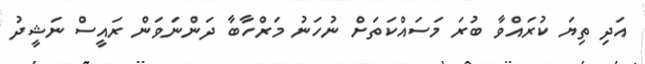
އަދި ތިޔަ ކުރައްވާ ބުރަ މަސައްކަތަށް ނުހަނު މަރްހާބާ ދަންނަވަން ރައީސް ނަޝީދު